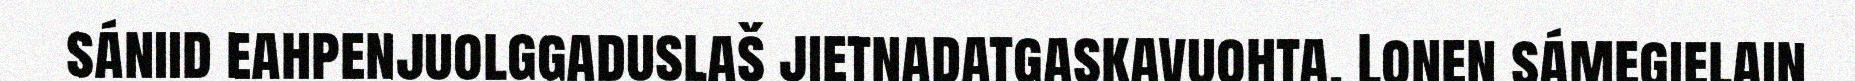
sániid eahpenjuolggaduslaš jietnadatgaskavuohta. Lonen sámegielain